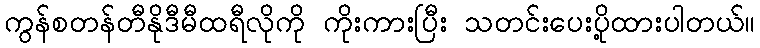
ကွန်စတန်တီနိုဒီမီထရီလိုကို ကိုးကားပြီး သတင်းပေးပို့ထားပါတယ်။